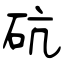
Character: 砊